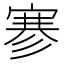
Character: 𰍐